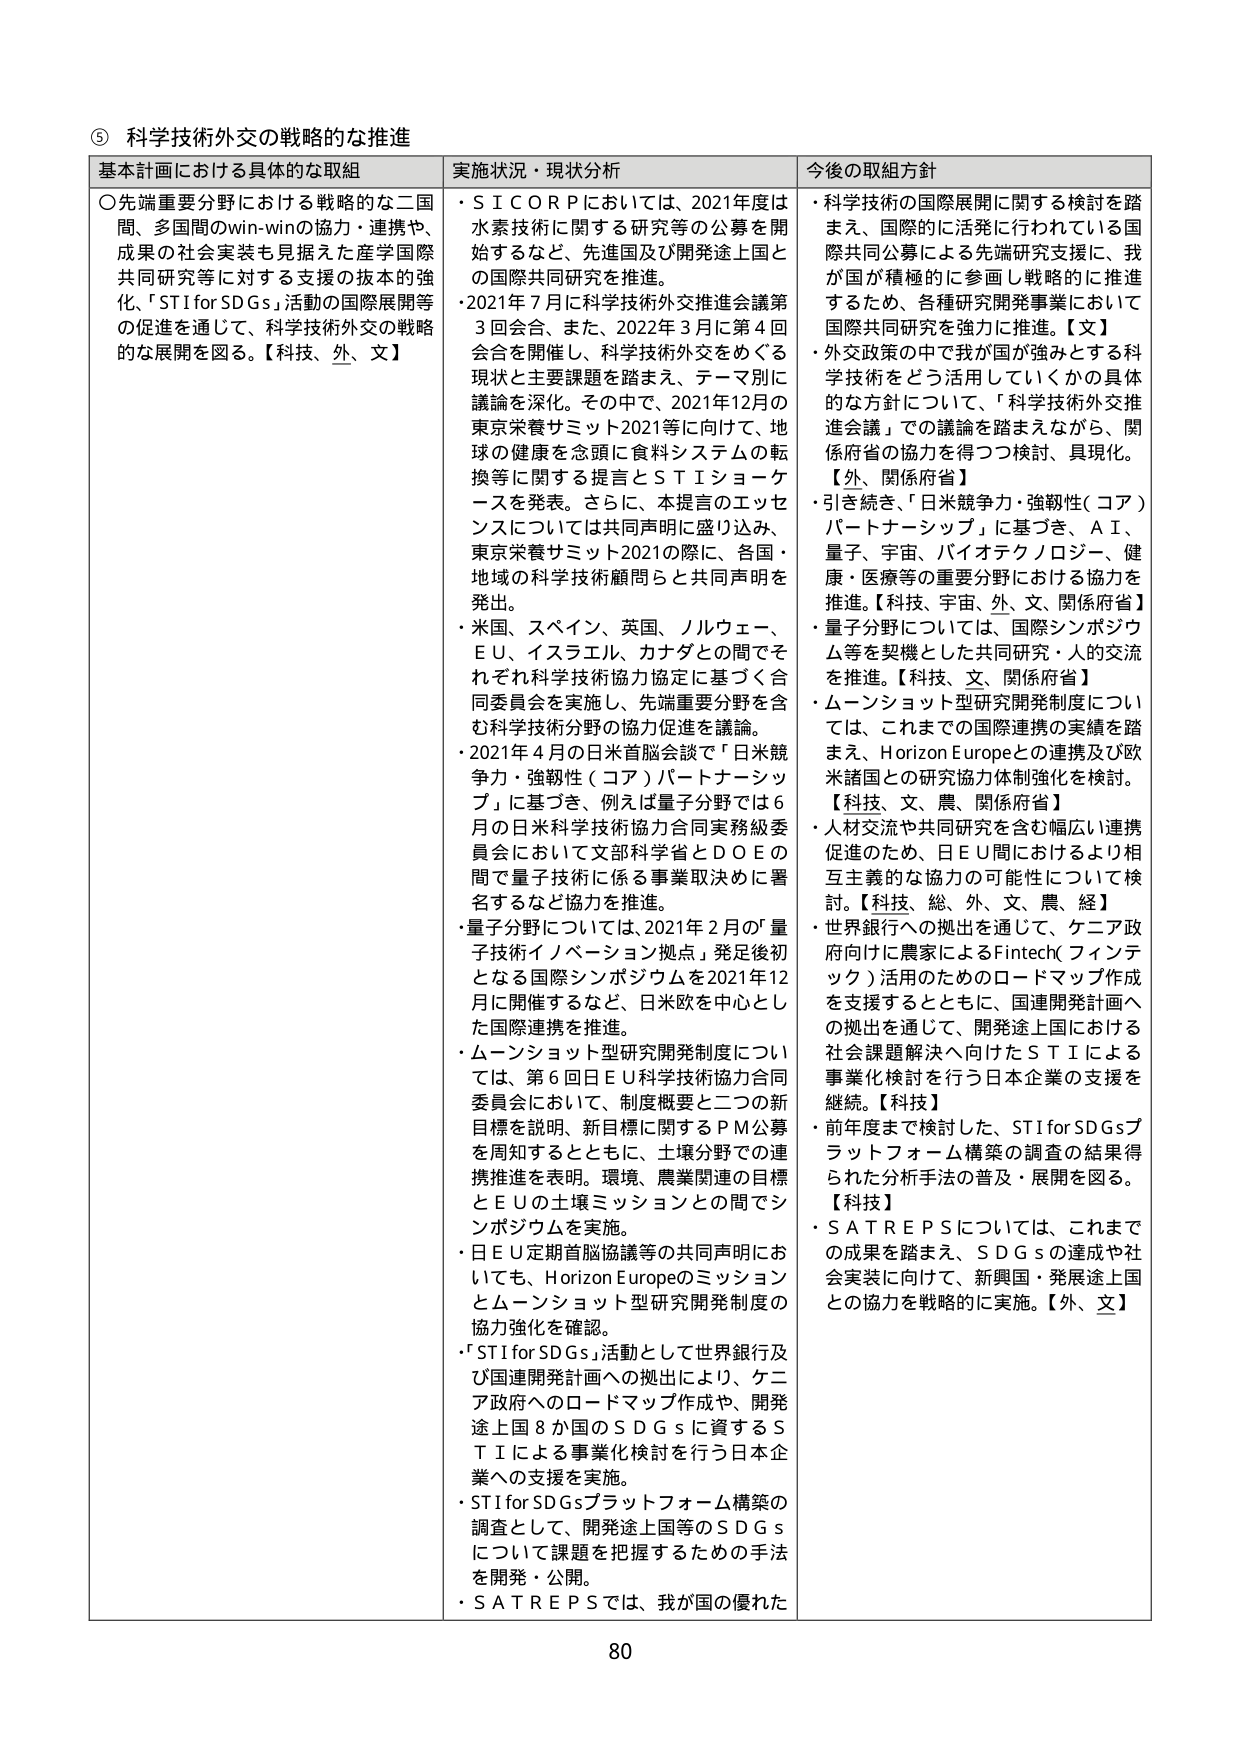
⑤ 科学技術外交の戦略的な推進

基本計画における具体的な取組
〇先端重要分野における戦略的な二国間、多国間のwin-winの協力・連携や、成果の社会実装も見据えた産学国際共同研究等に対する支援の抜本的強化、「STI for SDGs」活動の国際展開等の促進を通じて、科学技術外交の戦略的な展開を図る。【科技、外、文】

実施状況・現状分析
・ＳＩＣＯＲＰにおいては、2021年度は水素技術に関する研究等の公募を開始するなど、先進国及び開発途上国との国際共同研究を推進。
・2021年7月に科学技術外交推進会議第3回会合、また、2022年3月に第4回会合を開催し、科学技術外交をめぐる現状と主要課題を踏まえ、テーマ別に議論を深化。その中で、2021年12月の東京栄養サミット2021等に向けて、地球の健康を念頭に食料システムの転換等に関する提言とＳＴＩショーケースを発表。さらに、本提言のエッセンスについては共同声明に盛り込み、東京栄養サミット2021の際に、各国・地域の科学技術顧問らと共同声明を発出。
・米国、スペイン、英国、ノルウェー、ＥＵ、イスラエル、カナダとの間でそれぞれ科学技術協力協定に基づく合同委員会を実施し、先端重要分野を含む科学技術分野の協力促進を議論。
・2021年4月の日米首脳会談で「日米競争力・強靭性（コア）パートナーシップ」に基づき、例えば量子分野では6月の日米科学技術協力合同実務級委員会において文部科学省とＤＯＥの間で量子技術に係る事業取決めに署名するなど協力を推進。
・量子分野については、2021年2月の「量子技術イノベーション拠点」発足後初となる国際シンポジウムを2021年12月に開催するなど、日米欧を中心とした国際連携を推進。
・ムーンショット型研究開発制度については、第6回日ＥＵ科学技術協力合同委員会において、制度概要と二つの新目標を説明、新目標に関するＰＭ公募を周知するとともに、土壌分野での連携推進を表明。環境・農業関連の目標とＥＵの土壌ミッションとの間でシンポジウムを実施。
・日ＥＵ定期首脳協議等の共同声明においても、Horizon Europeのミッションとムーンショット型研究開発制度の協力強化を確認。
・「STI for SDGs」活動として世界銀行及び国連開発計画への拠出により、ケニア政府へのロードマップ作成や、開発途上国8か国のＳＤＧｓに資するＳＴＩによる事業化検討を行う日本企業への支援を実施。
・STI for SDGsプラットフォーム構築の調査として、開発途上国等のＳＤＧｓについて課題を把握するための手法を開発・公開。
・ＳＡＴＲＥＰＳでは、我が国の優れた

今後の取組方針
・科学技術の国際展開に関する検討を踏まえ、国際的に活発に行われている国際共同研究を強力に推進。我が国が積極的に参画し戦略的に推進するため、各種研究開発事業において国際共同研究を強力に推進。【文】
・外交政策の中で我が国が強みとする科学技術をどう活用していくかの具体的な方針について、「科学技術外交推進会議」での議論を踏まえながら、関係府省の協力を得つつ検討、具現化。【外、関係府省】
・引き続き、「日米競争力・強靭性（コア）パートナーシップ」に基づき、ＡＩ、量子、宇宙、バイオテクノロジー、健康・医療等の重要分野における協力を推進。【科技、外、文、関係府省】
・量子分野については、国際シンポジウム等を契機とした共同研究・人的交流を推進。【科技、文、関係府省】
・ムーンショット型研究開発制度については、これまでの国際連携の実績を踏まえ、Horizon Europeとの連携及び欧米諸国との研究協力体制強化を検討。【科技、文、農、関係府省】
・人材交流や共同研究を含む幅広い連携促進のため、日ＥＵ間におけるより相互主義的な協力の可能性について検討。【科技、総、外、文、農、経】
・世界銀行への拠出を通じて、ケニア政府向けに農家によるFintech（フィンテック）活用のためのロードマップ作成を支援するとともに、国連開発計画への拠出を通じて、開発途上国における社会課題解決へ向けたＳＴＩによる事業化検討を行う日本企業の支援を継続。【科技】
・前年度まで検討した、STI for SDGsプラットフォーム構築の調査の結果得られた分析手法の普及・展開を図る。【科技】
・ＳＡＴＲＥＰＳについては、これまでの成果を踏まえ、ＳＤＧｓの達成や社会実装に向けて、新興国・発展途上国との協力を戦略的に実施。【外、文】

80